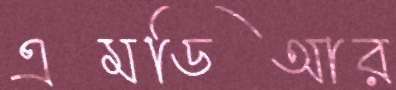
এমডিআর